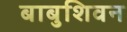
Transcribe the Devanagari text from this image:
बाबुशिवन